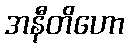
အနီတိဟော